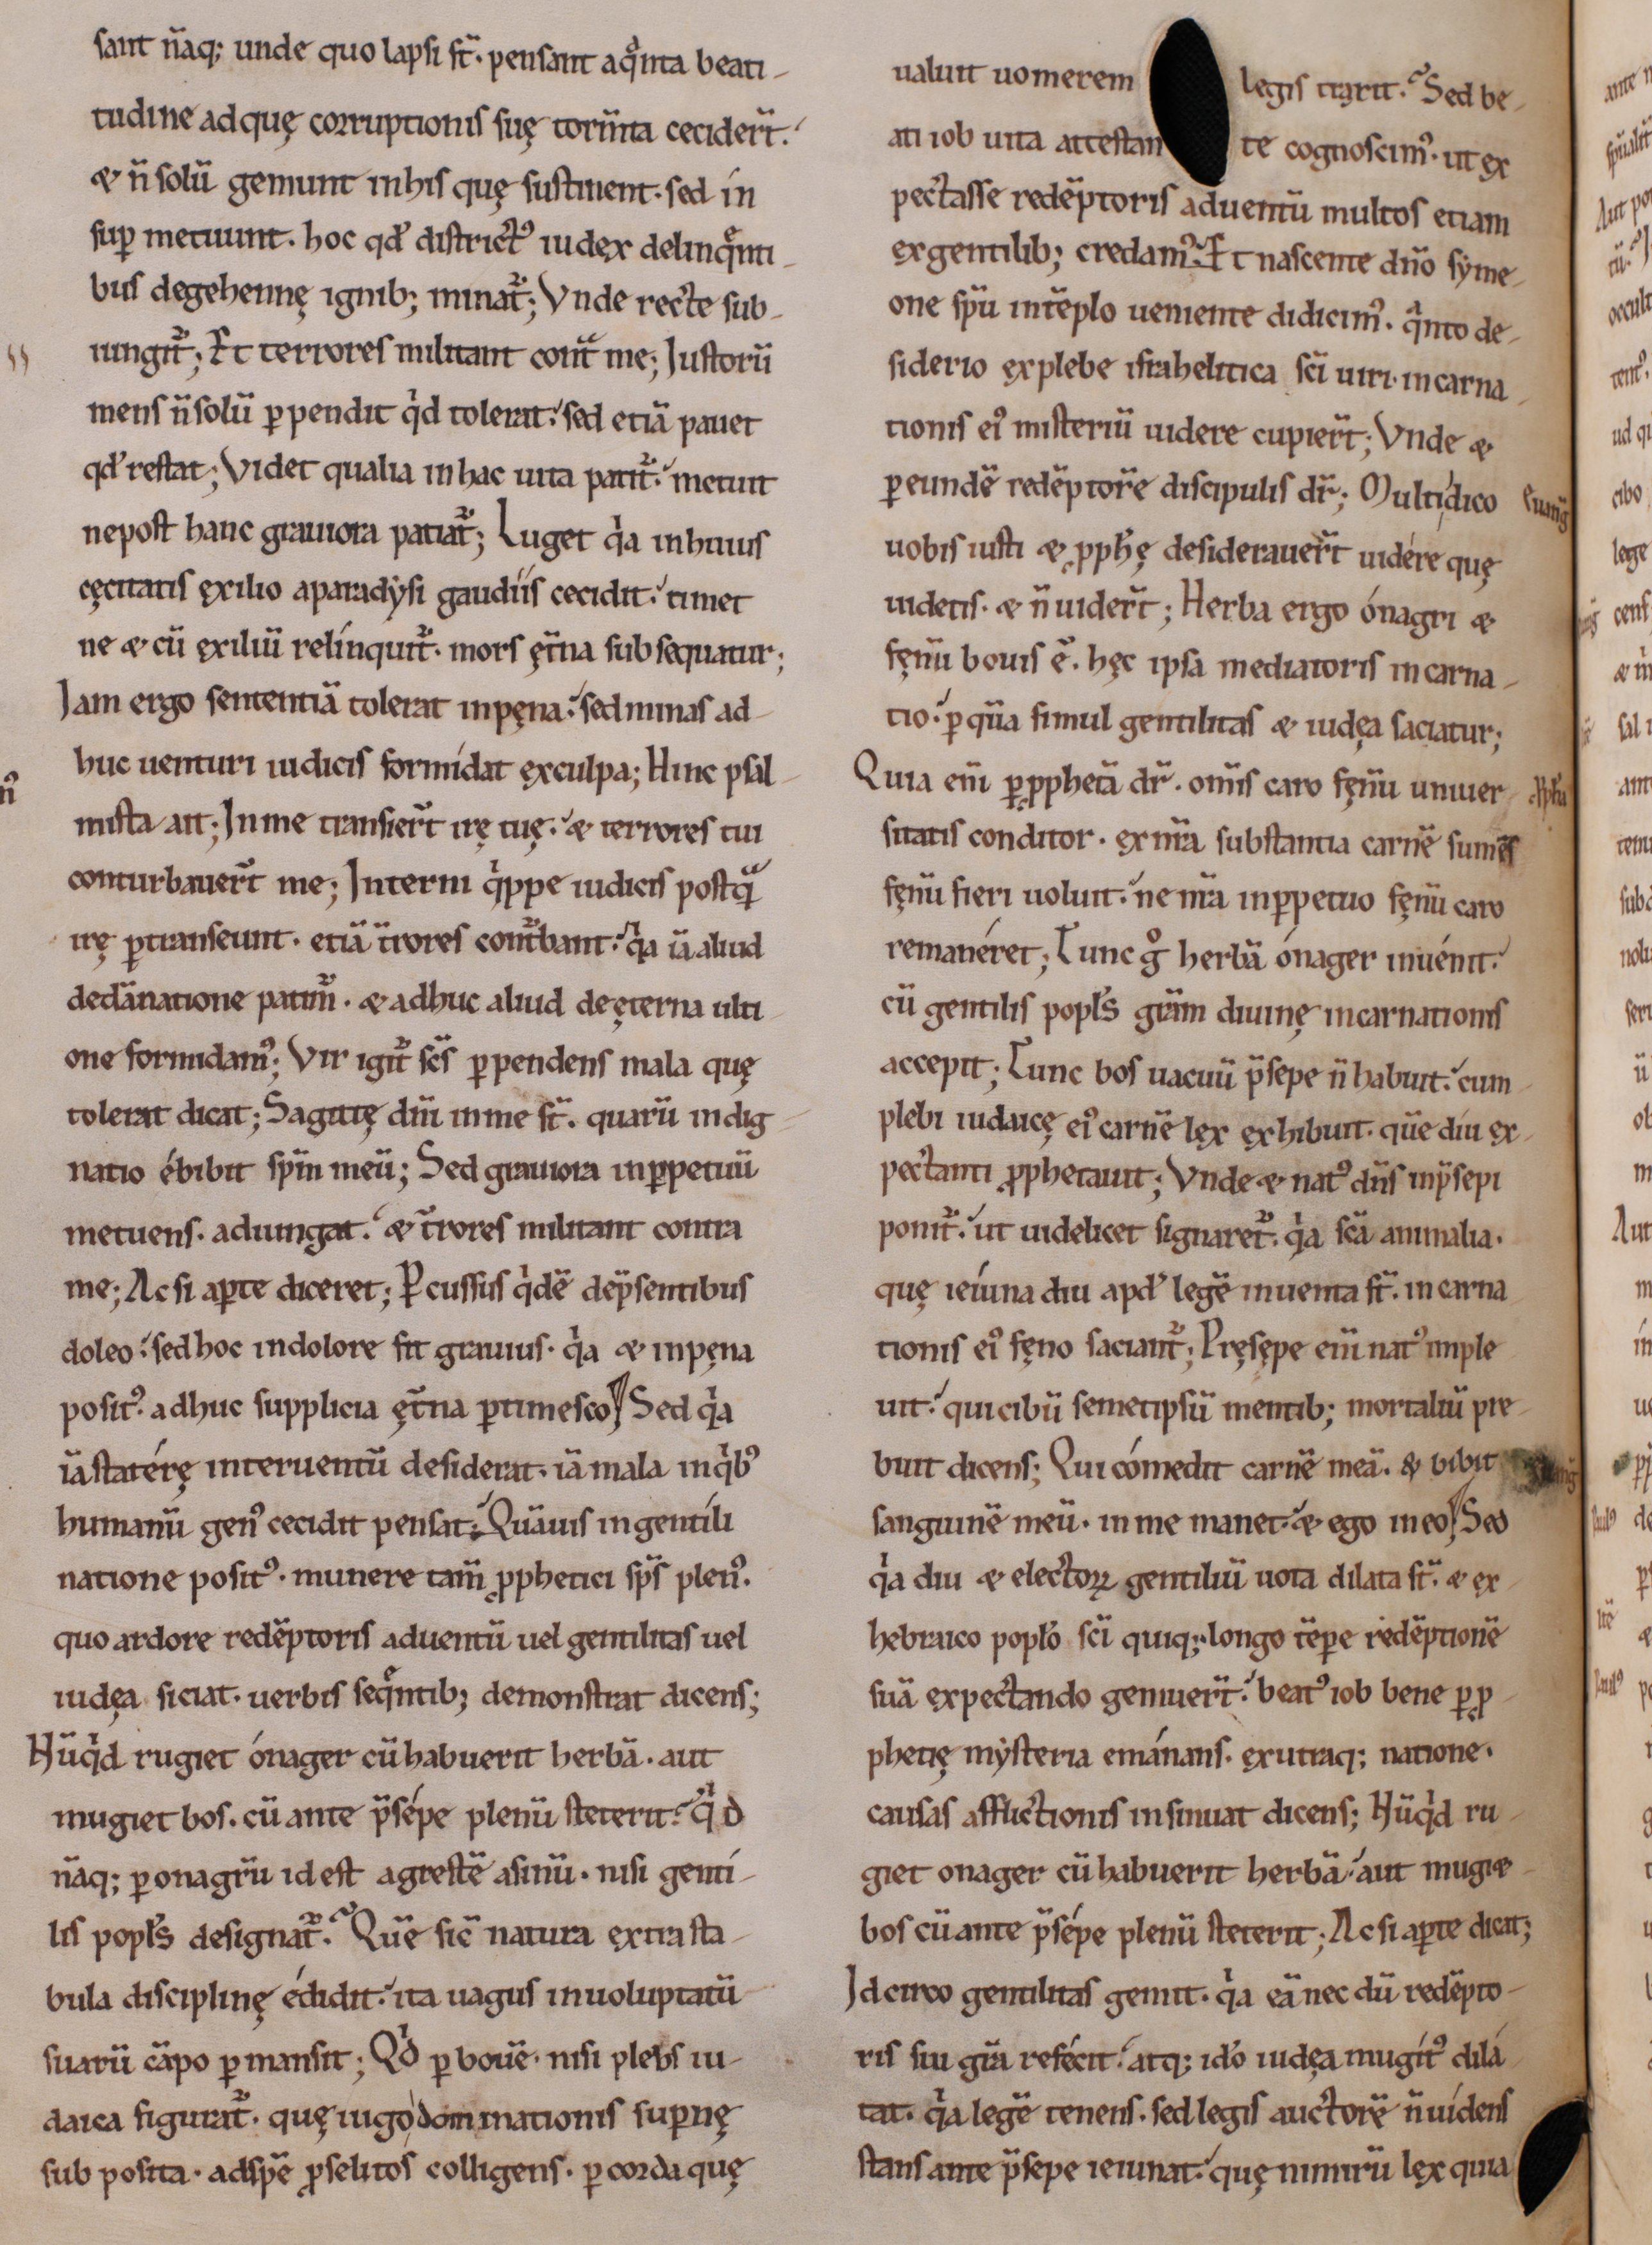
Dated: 1000–1199